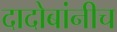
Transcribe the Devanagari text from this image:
दादोबांनीच